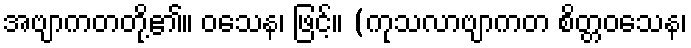
အဗျာကတတို့၏။ ဝသေန၊ ဖြင့်။ (ကုသလာဗျာကတ စိတ္တဝသေန၊